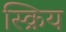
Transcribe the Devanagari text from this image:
स्क्रिय